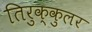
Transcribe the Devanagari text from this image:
तिरुक्कुलर